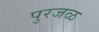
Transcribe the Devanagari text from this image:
पुरजळ